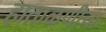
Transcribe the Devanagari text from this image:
हाताळणीचा